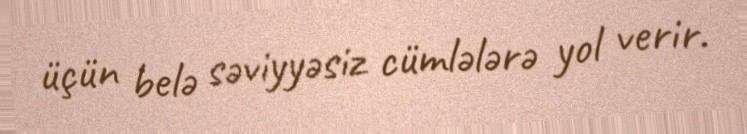
üçün belə səviyyəsiz cümlələrə yol verir.